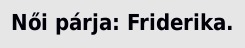
Női párja: Friderika.